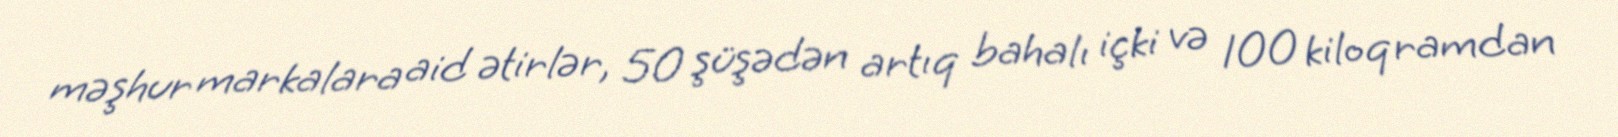
məşhur markalara aid ətirlər, 50 şüşədən artıq bahalı içki və 100 kiloqramdan